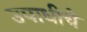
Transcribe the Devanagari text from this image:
उपाधीचे